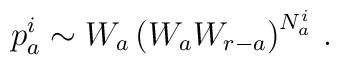
p_{a}^{i} \sim W_{a}\left( W_{a}W_{r-a}\right)^{N^i_a} \, .